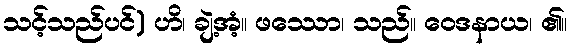
သင့်သည်ပင်) ဟိ၊ ချဲ့အံ့။ ဖဿော၊ သည်။ ဝေဒနာယ၊ ၏။